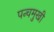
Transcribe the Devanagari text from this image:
पन्चमुखी